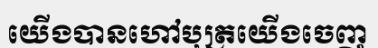
យើងបានហៅបុត្រយើងចេញ